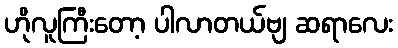
ဟိုလူကြီးတော့ ပါလာတယ်ဗျ ဆရာလေး